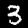
Digit: 3